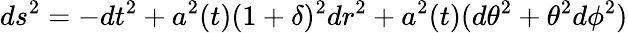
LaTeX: ds^{2}=-dt^{2}+a^{2}(t)(1+\delta)^{2}dr^{2}+a^{2}(t)(d\theta^{2}+\theta^{2}d\phi^{2})